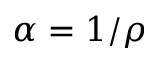
\alpha = 1 / \rho